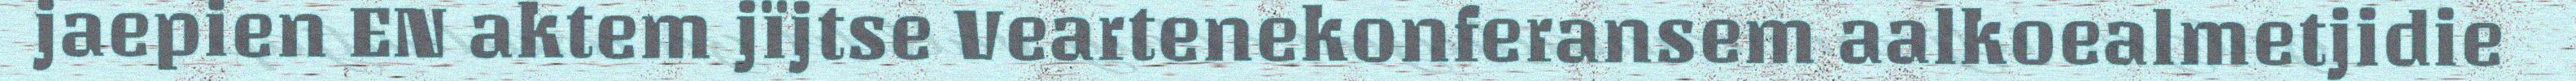
jaepien EN aktem jïjtse Veartenekonferansem aalkoealmetjidie